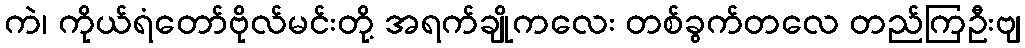
ကဲ၊ ကိုယ်ရံတော်ဗိုလ်မင်းတို့ အရက်ချိုကလေး တစ်ခွက်တလေ တည်ကြဦးဗျ